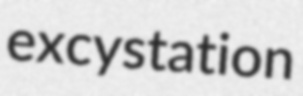
excystation